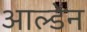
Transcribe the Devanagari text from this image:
आल्डेन